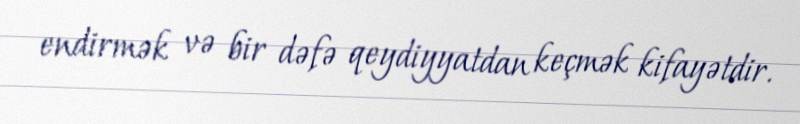
endirmək və bir dəfə qeydiyyatdan keçmək kifayətdir.